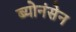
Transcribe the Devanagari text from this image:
ब्योनंसेन